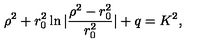
\rho ^ { 2 } + r _ { 0 } ^ { 2 } \ln | \frac { \rho ^ { 2 } - r _ { 0 } ^ { 2 } } { r _ { 0 } ^ { 2 } } | + q = K ^ { 2 } ,